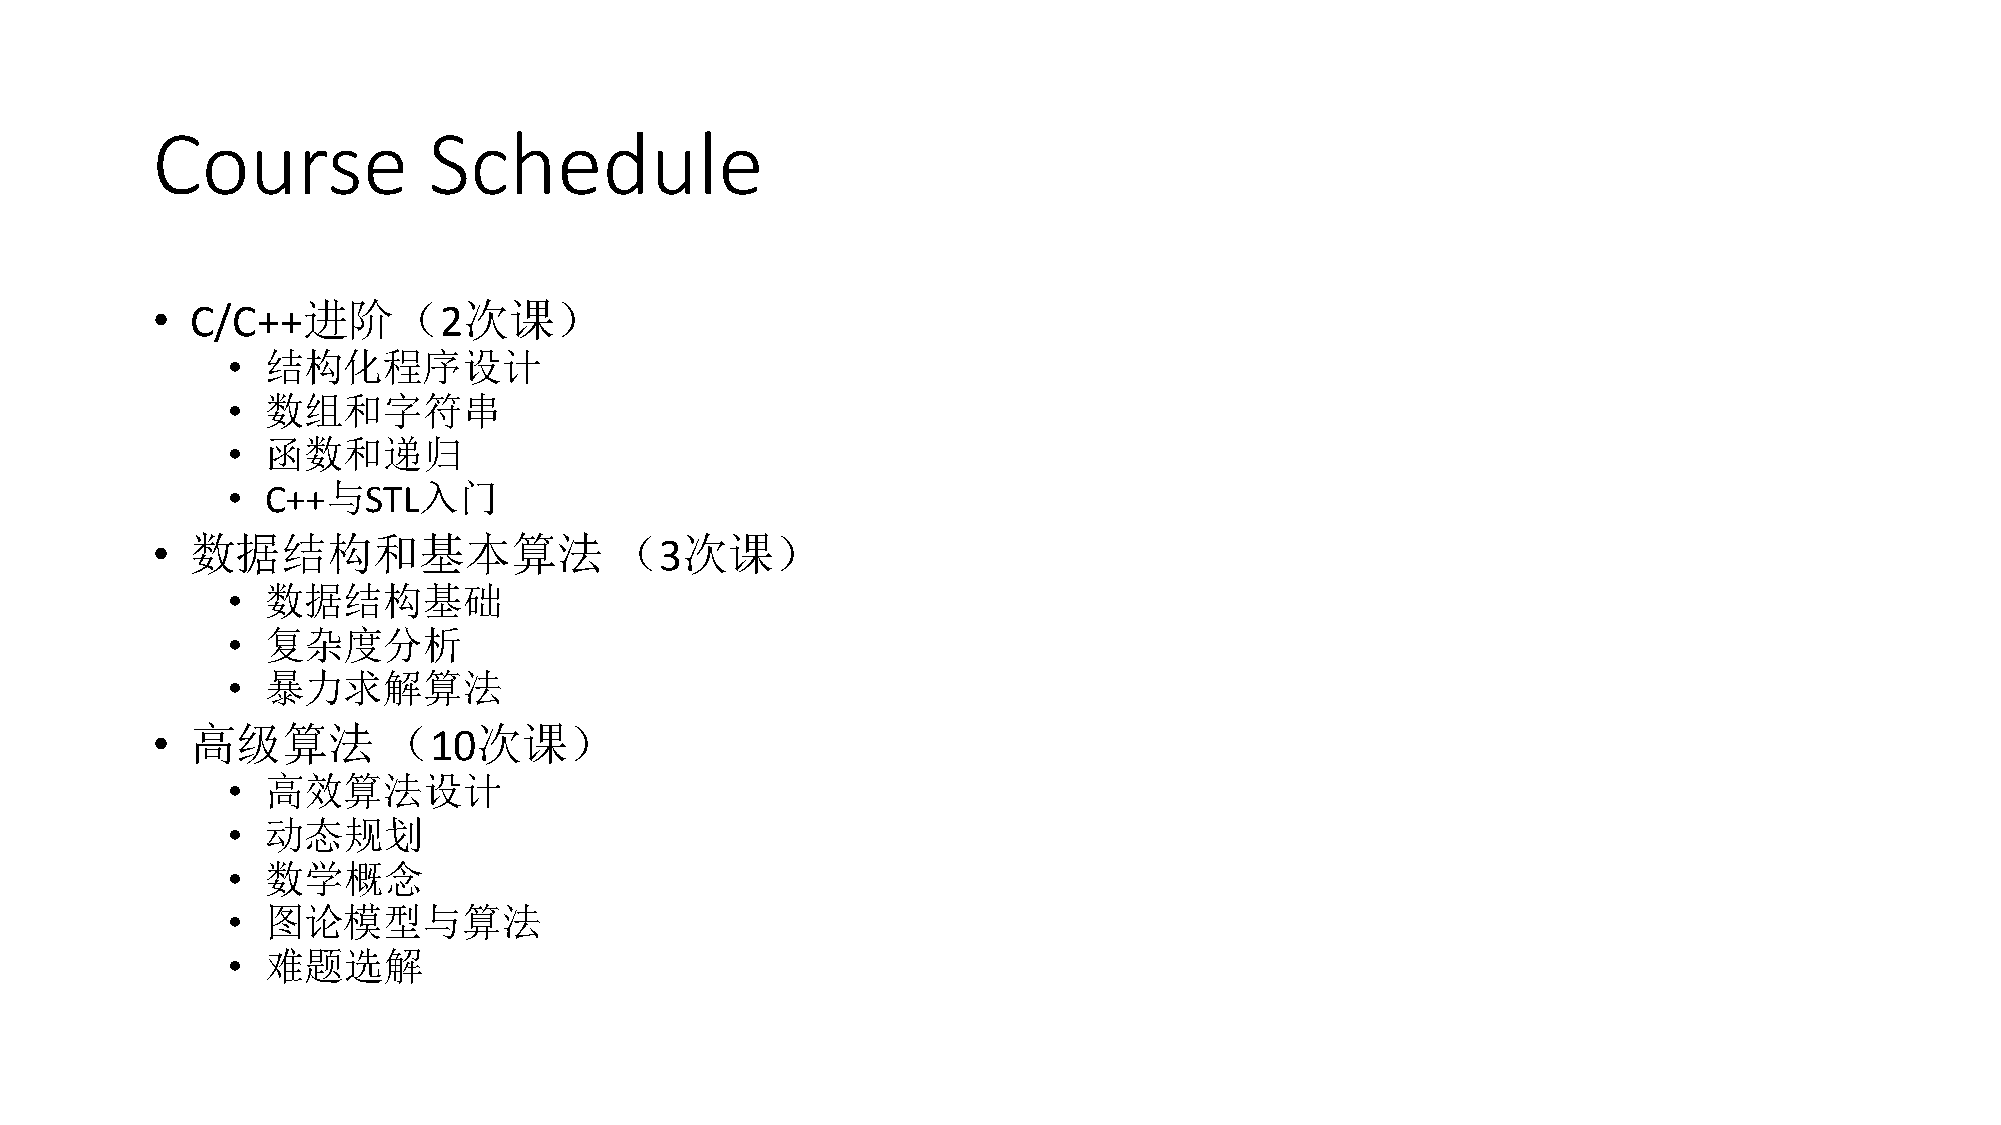
Course            Schedule
 •  C/C++进阶（2次课）
 •  结构化程序设计
 •  数组和字符串
 •  函数和递归
 •  C++与STL入门
 •  数据结构和基本算法                   （3次课）
 •  数据结构基础
 •  复杂度分析
 •  暴力求解算法
 •  高级算法        （10次课）
 •  高效算法设计
 •  动态规划
 •  数学概念
 •  图论模型与算法
 •  难题选解